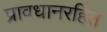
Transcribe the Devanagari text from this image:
प्रावधानरहित